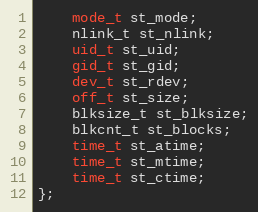
Language: C
    mode_t st_mode;
    nlink_t st_nlink;
    uid_t st_uid;
    gid_t st_gid;
    dev_t st_rdev;
    off_t st_size;
    blksize_t st_blksize;
    blkcnt_t st_blocks;
    time_t st_atime;
    time_t st_mtime;
    time_t st_ctime;
};